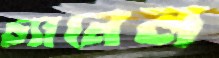
চ্যানেল